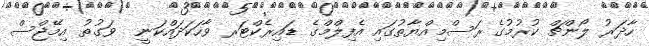
ހާދަރު ލޯންޗް ކުރުމުގެ ރަސްމިއްޔާތުގައި އެފިލްމްގެ ޑައިރެކްޓަރ ވާހަކަދައްކަނީ  ވަގުތު އިމޭޖްސް